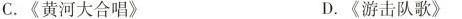
C.《黄河大合唱》 D.《游击队歌》